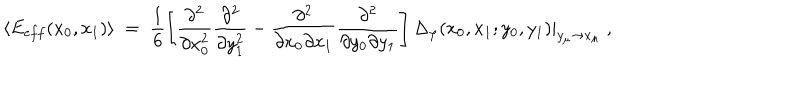
LaTeX: \langle E _ { e f f } ( x _ { 0 } , x _ { 1 } ) \rangle \; = \; \frac { 1 } { 6 } \left[ \frac { \partial ^ { 2 } } { \partial x _ { 0 } ^ { 2 } } \frac { \partial ^ { 2 } } { \partial y _ { 1 } ^ { 2 } } - \frac { \partial ^ { 2 } } { \partial x _ { 0 } \partial x _ { 1 } } \frac { \partial ^ { 2 } } { \partial y _ { 0 } \partial y _ { 1 } } \right] \Delta _ { \varphi } ( x _ { 0 } , x _ { 1 } ; y _ { 0 } , y _ { 1 } ) | _ { y _ { \mu } \to x _ { \mu } } \; ,